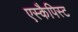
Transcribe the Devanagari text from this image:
एस्कैपिस्ट